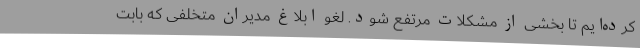
کرده‌ایم تا بخشی از مشکلات مرتفع شود. لغو ابلاغ مدیران متخلفی که بابت